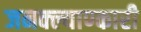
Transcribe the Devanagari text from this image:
जनक्ल्याण्कारी